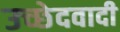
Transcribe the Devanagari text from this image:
उच्छेदवादी